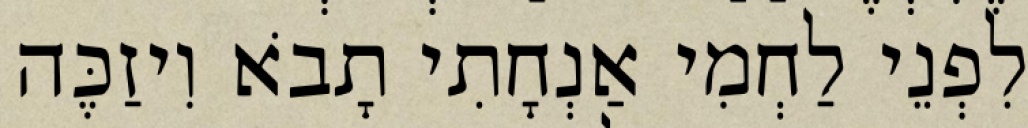
לִפְנֵי לַחְמִי אַנְחָתִי תָבֹא וִיזַכֶּה